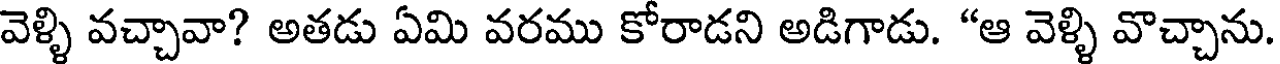
వెళ్ళి వచ్చావా? అతడు ఏమి వరము కోరాడని అడిగాడు. "ఆ వెళ్ళి వొచ్చాను